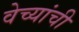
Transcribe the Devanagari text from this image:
वेच्यांची